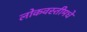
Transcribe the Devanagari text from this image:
लोकवस्तीमधे